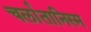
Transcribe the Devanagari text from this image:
चर्लातानिस्म